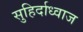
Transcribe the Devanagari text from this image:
सुहिर्दाध्वाज